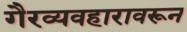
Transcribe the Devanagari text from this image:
गैरव्यवहारावरून